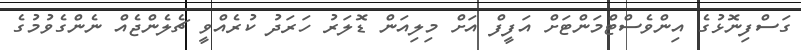
ގަސްފިނޮޅުގެ އިންވެސްޓްމަންޓަށް އަފީފް އަށް މިލިއަން ޑޮލަރު ހަރަދު ކުރެއްވީ ޗެލެންޖެއް ނެންގެވުމުގެ